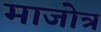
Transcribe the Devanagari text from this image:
माजोत्र